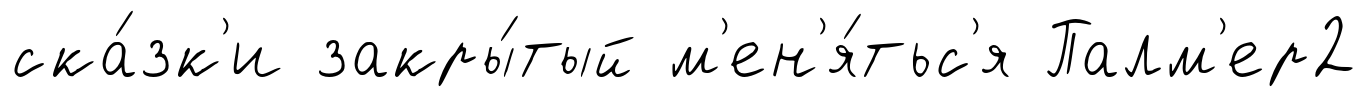
ска́зк'и закры́тый м'ен'я́тьс'я Палм'ер2